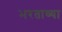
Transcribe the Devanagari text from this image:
भरताव्या